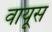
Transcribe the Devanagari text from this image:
वायूस